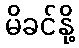
မိခင်နို့